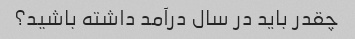
چقدر باید در سال درآمد داشته باشید؟